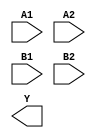
module sky130_fd_sc_hs__a22oi (
    //# {{data|Data Signals}}
    input  A1,
    input  A2,
    input  B1,
    input  B2,
    output Y
);

    // Voltage supply signals
    supply1 VPWR;
    supply0 VGND;

endmodule